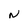
Character: N